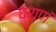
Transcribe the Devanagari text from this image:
घ्राणं